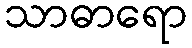
သာဓာရော